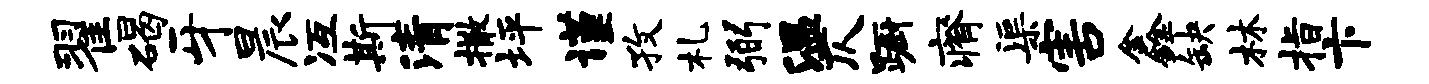
翟碣牙晨冱斯清撒坪谨孜札弼温仄蹰瘠渠害鑫缺林指卞